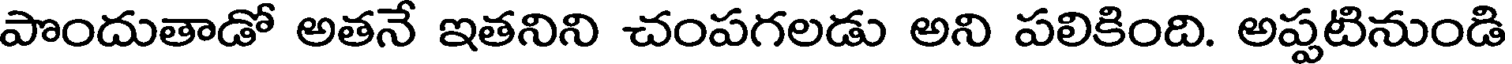
పొందుతాడో అతనే ఇతనిని చంపగలడు అని పలికింది. అప్పటినుండి